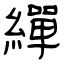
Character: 繟